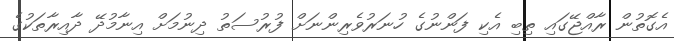
އެގޮތުން ރާއްޖޭގައި ތިބި އެކި ފަންނުގެ ހުނަރުވެރިންނަށް ފުރުސަތު ދިނުމަށް އިނާމުދޭ ދާއިރާތަކުގެ